Annual report on vaccination in Mysore, 1878-1879 - 1878-1879
Year: 1878
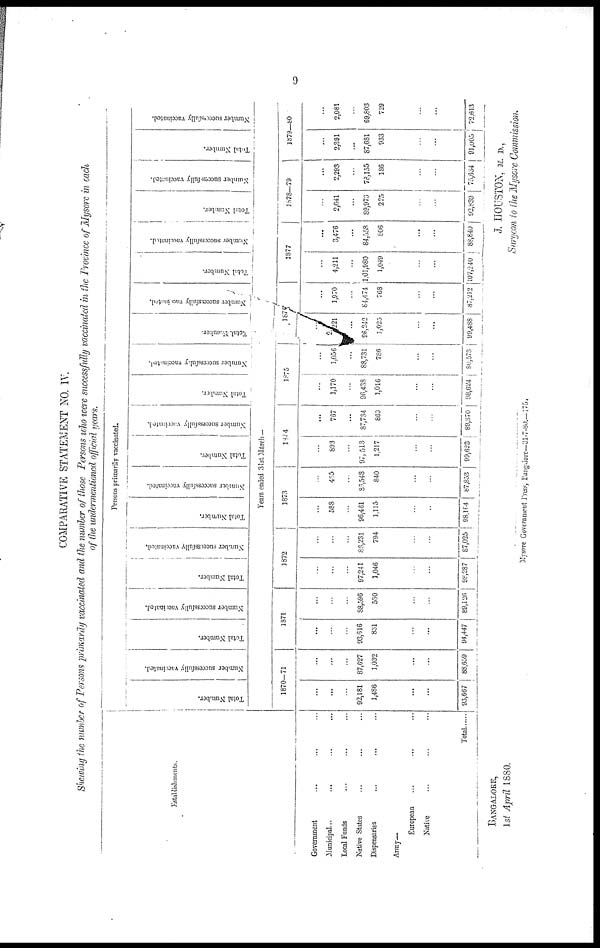
9
COMPARATIVE STATEMENT NO. IV.
Shewing the number of Persons primarily vaccinated and the number of those Persons who were successfully vaccinated in the Province of Mysore in each
of the undermentioned official years.
Establishments.
Government ... ... ...
Municipal... ... ...
Local Funds ... ... ...
Native States ... ... ...
Dispensaries ... ... ...
Army—
European ... ... ...
Native ... ... ...
Total
Persons primarily vaccinated.
Total Number.
Number successfully vaccinated.
Total Number.
Number successfully vaccinated.
Total Number.
Number successfully vaccinated.
Total Number.
Number successfully vaccinated.
Total Number.
Number successfully vaccinated.
Total Number.
Number successfully vaccinated.
Total
Number.
Number successfully vaccinated.
Total Number.
Number successfully vaccinated.
Total Number.
Number successfully vaccinated.
Total Number.
Number successfully vaccinated.
Years ended 31st March—
1870-71
...
...
...
92,181
1,486
...
...
93,667
...
...
...
87,627
1,032
...
...
88,659
1871
...
...
...
93,616
831
...
...
94,447
...
...
...
88,596
530
...
...
89,126
1872
...
...
...
97,241
1,046
...
...
98,287
...
...
...
86,231
794
...
...
87,025
1873
...
588
...
96,461
1,115
...
...
98,164
...
465
...
86,548
840
...
...
87,853
1874
...
893
...
97, 513
1,217
...
...
99,623
...
767
...
87,734
869
...
...
89,370
1875
...
1,170
...
96,438
1,016
...
...
98,624
...
1,056
...
88,731
786
...
...
90,573
1876
...
2,221
...
96,242
1,025
...
...
99,488
...
1,970
...
84,474
768
...
...
87,212
1877
...
4,211
...
1,01,980
1,049
...
...
107,240
...
3,476
...
84,558
806
...
...
88,840
1878—79
...
2,641
...
89,973
225
...
...
92,839
...
2,293
...
78,155
186
...
...
75,634
1879—80
...
2,391
...
87,681
933
...
...
91,005
...
2,081
...
69,803
729
...
...
72,613
BANGALORE,
1st April 1880.
J. HOUSTON, M. D.,
Surgeon to the Mysore Commission.
Mysore Government Press, Bangalore—31-7-80.—175.